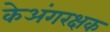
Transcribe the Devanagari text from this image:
केअंगरक्षक